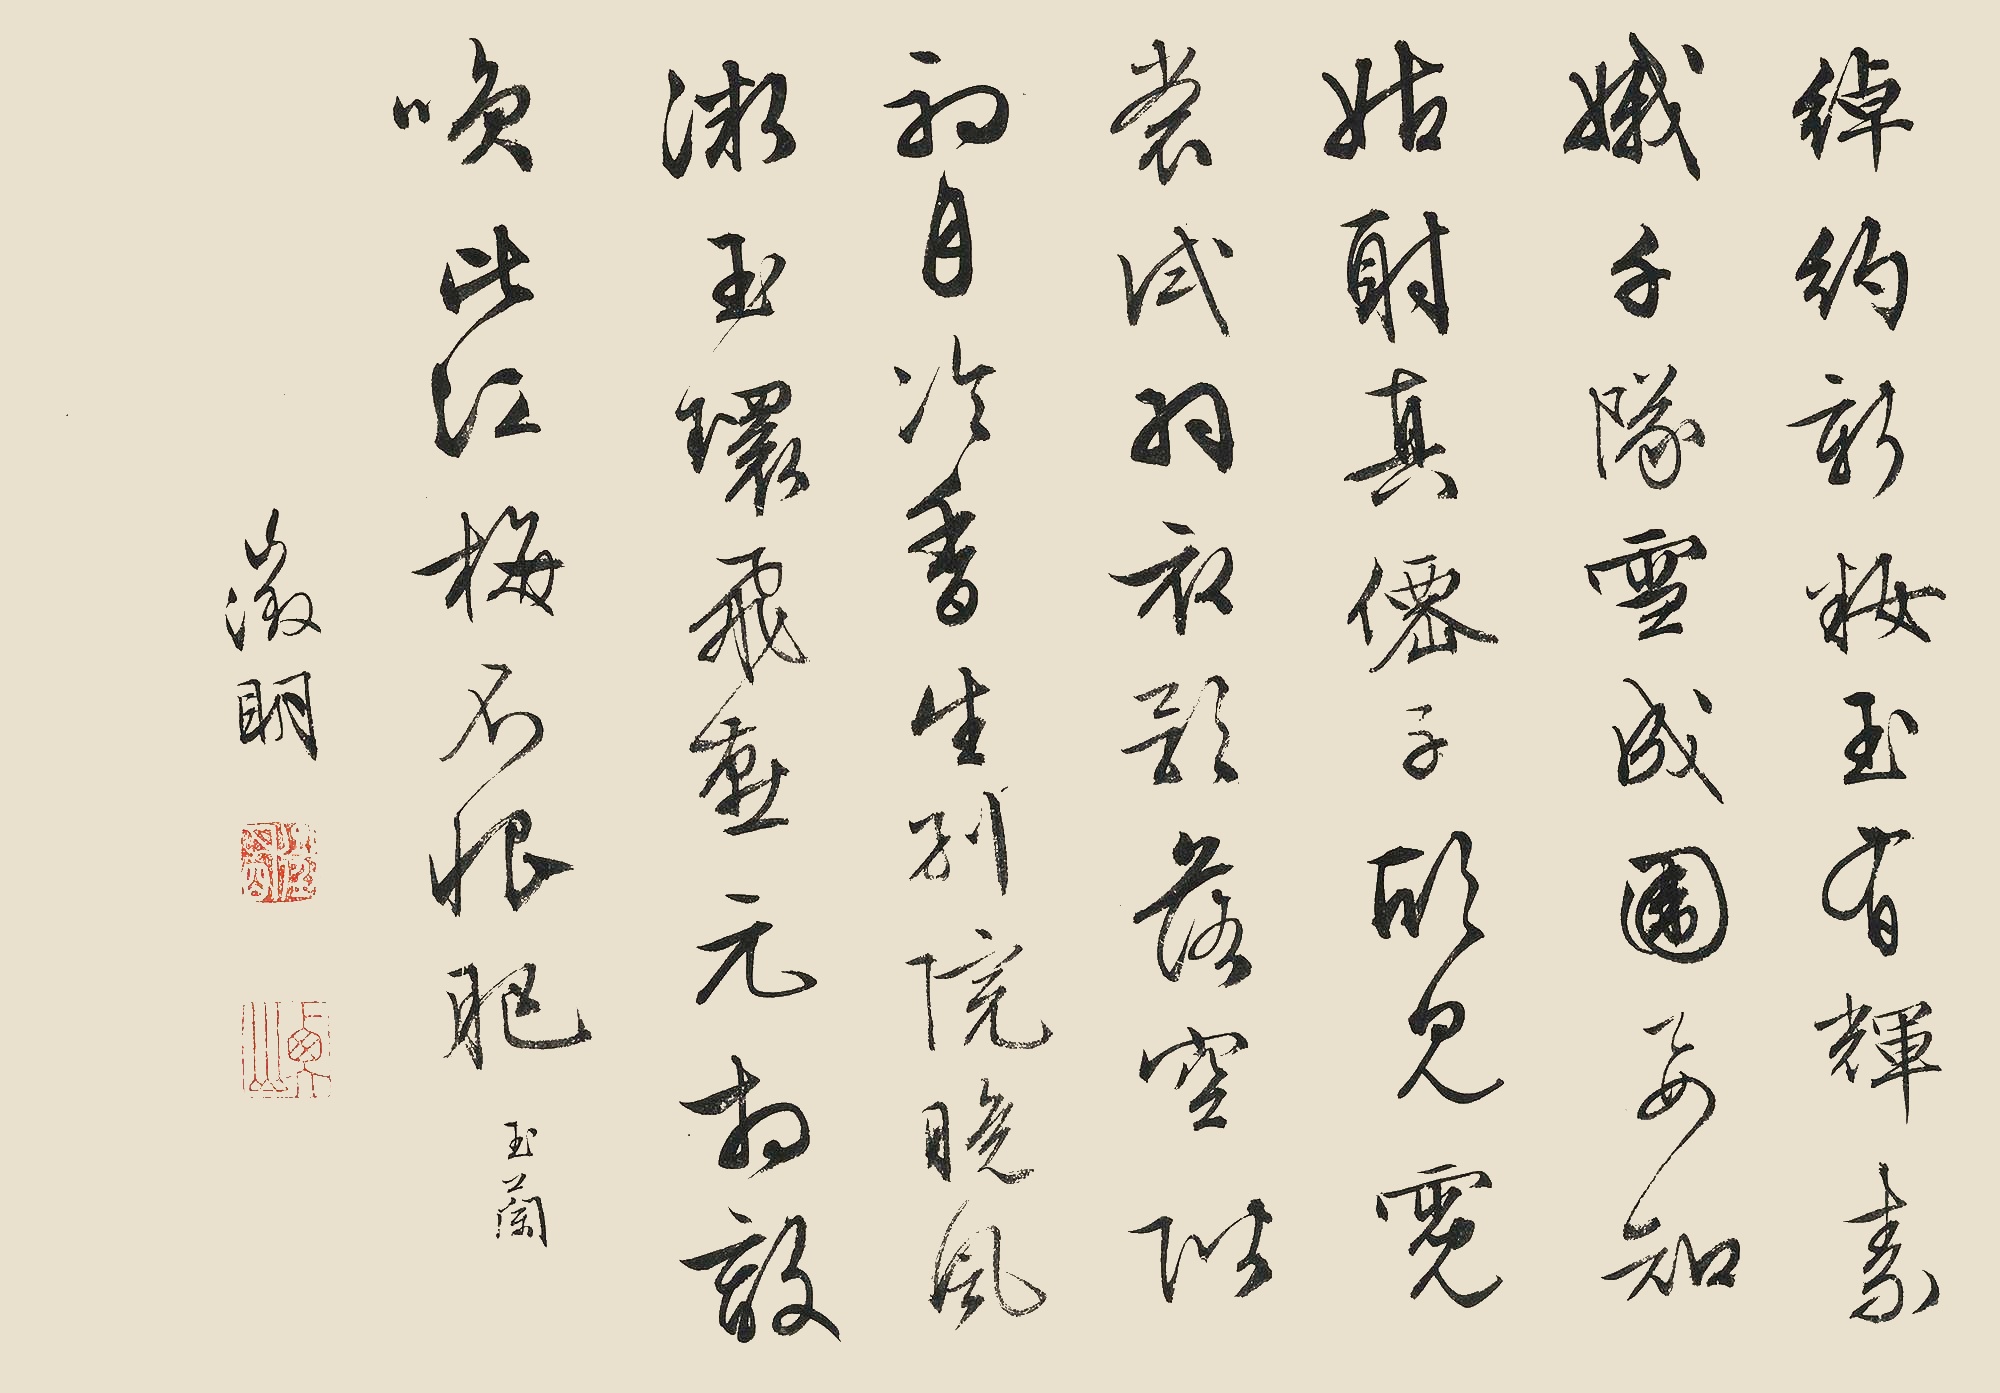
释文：绰约新妆玉有辉，素娥千队雪成围。我知姑射真仙子，欣见霓裳试羽衣。影落空阶初月冷，香生别院晚风微。玉环飞燕元相敌，笑比江梅不恨肥。《玉兰》。征明。